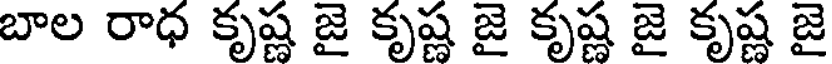
బాల రాధ కృష్ణ జై కృష్ణ జై కృష్ణ జై కృష్ణ జై